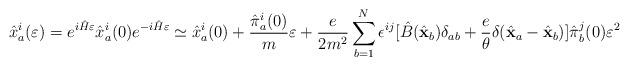
LaTeX: \begin{align*}{\hat x}^i_a(\varepsilon)=e^{i{\hat H}\varepsilon} {\hat x}^i_a (0)e^{-i{\hat H}\varepsilon}\simeq {\hat x}^i_a(0)+{{\hat \pi}^i_a(0)\over m}\varepsilon +{e\over 2m^2}\sum_{b=1}^N\epsilon^{ij}[{\hat B}({\hat{\bf x}}_b)\delta_{ab}+{e\over\theta}\delta ({\hat{\bf x}}_a-{\hat{\bf x}}_b)]{\hat \pi}^j_b(0)\varepsilon^2\end{align*}